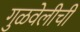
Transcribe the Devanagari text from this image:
गुळवेलीची